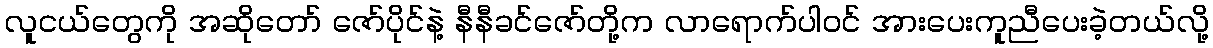
လူငယ်တွေကို အဆိုတော် ဇော်ပိုင်နဲ့ နီနီခင်ဇော်တို့က လာရောက်ပါဝင် အားပေးကူညီပေးခဲ့တယ်လို့